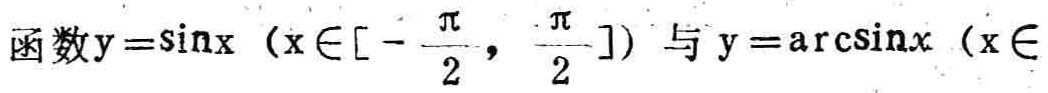
函数\(y = \sin x\)（\(x\in[-\frac{\pi}{2}, \frac{\pi}{2}]\)）与\(y = \arcsin x\)（\(x\in\)